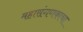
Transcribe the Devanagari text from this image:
महासंगणकाचा